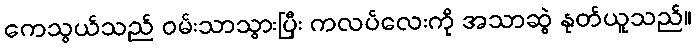
ကေသွယ်သည် ဝမ်းသာသွားပြီး ကလပ်လေးကို အသာဆွဲ နုတ်ယူသည်။